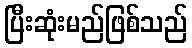
ပြီးဆုံးမည်ဖြစ်သည်